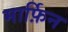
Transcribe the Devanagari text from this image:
मार्फ़िन